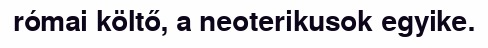
római költő, a neoterikusok egyike.